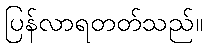
ပြန်လာရတတ်သည်။